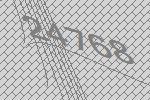
24768